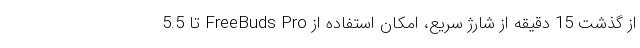
از گذشت 15 دقیقه از شارژ سریع، امکان استفاده از FreeBuds Pro تا 5.5